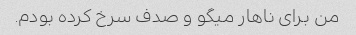
من برای ناهار میگو و صدف سرخ کرده بودم.